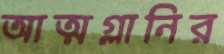
আত্মগ্লানির